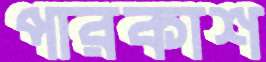
পারকাশ